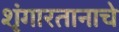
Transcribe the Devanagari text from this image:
शृंगारतानाचे